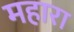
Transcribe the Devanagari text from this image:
महारा